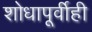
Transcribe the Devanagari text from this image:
शोधापूर्वीही